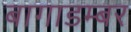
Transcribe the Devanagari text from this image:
बागाडम्बर